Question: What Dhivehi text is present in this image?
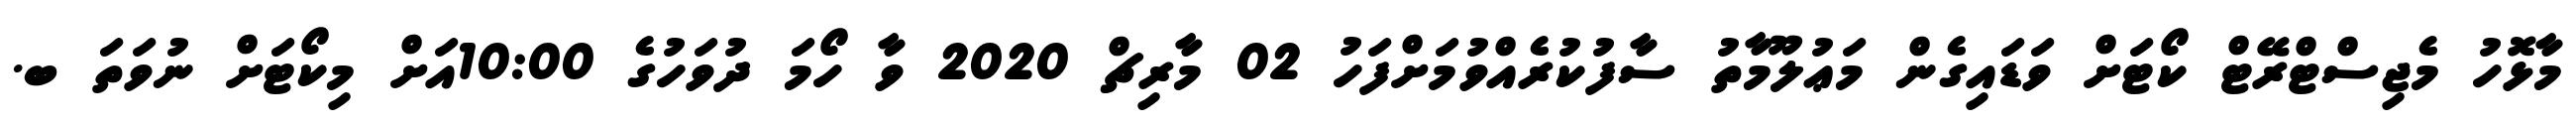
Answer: މާޅޮހު މެޖިސްޓްރޭޓް ކޯޓަށް ވަޑައިގެން މަޢުލޫމާތު ސާފުކުރެއްވުމަށްފަހު 02 މާރިޗް 2020 ވާ ހޯމަ ދުވަހުގެ 10:00އަށް މިކޯޓަށް ނުވަތަ ބ.